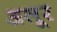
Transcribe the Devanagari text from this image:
अलूर